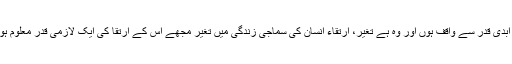
اول تو مجھے یہ معلوم نہیں کہ ادب کی ابدی، قدریں کیا ہیں میں صرف ایک ابدی قدر سے واقف ہوں اور وہ ہے تغیر، ارتقاء انسان کی سماجی زندگی میں تغیر مجھے اس کے ارتقا کی ایک لازمی قدر معلوم ہوتی ہے اور یہی ایک دوامی قدر ایسی ہے جس کا وجود میں تسلیم کرسلتا ہوں۔